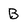
Character: B